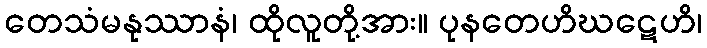
တေသံမနုဿာနံ၊ ထိုလူတို့အား။ ပုနတေဟိဃဋေဟိ၊